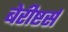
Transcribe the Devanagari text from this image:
बेरीष्टर्स